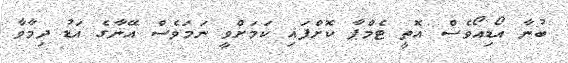
ބުނާ އޯޑިއޯވެސް އޮތީ ޓެމްޕާ ކޮށްފައި ކަމަށްވީ ނަމަވެސް އޭނާގެ އަޑު ދިމާވާ